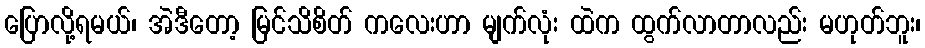
ပြောလို့ရမယ်၊ အဲဒီတော့ မြင်သိစိတ် ကလေးဟာ မျက်လုံး ထဲက ထွက်လာတာလည်း မဟုတ်ဘူး၊